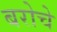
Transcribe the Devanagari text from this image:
बरोचे